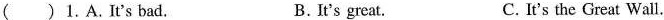
( )1.A.It's bad. B.It's great. C. It's the Great Wall.